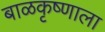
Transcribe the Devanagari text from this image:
बाळकृष्णाला